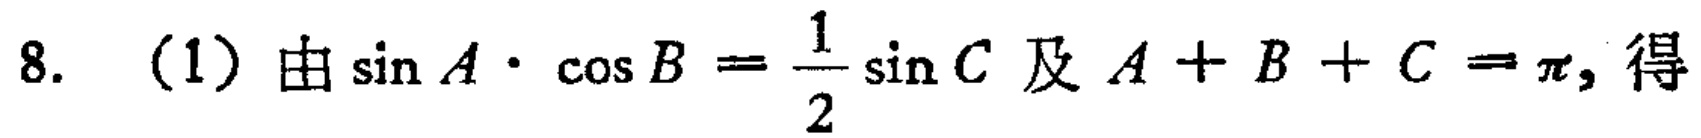
8. (1) 由\(\sin A\cdot\cos B = \frac{1}{2}\sin C\)及\(A + B + C = \pi\)，得